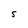
Character: S